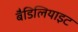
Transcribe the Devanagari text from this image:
बैडिलियाइट